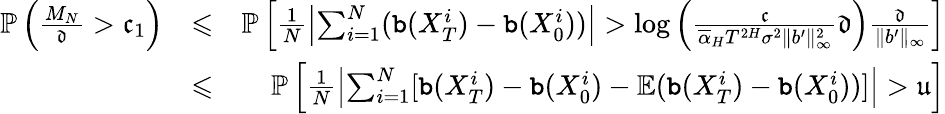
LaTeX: \begin{array}{rlr}{\mathbb P\left(\frac{M_{N}}{\mathfrak d}>\mathfrak c_{1}\right)}&{\leqslant}&{\mathbb P\left[\frac{1}{N}\left|\sum_{i=1}^{N}({\tt b}(X_{T}^{i})-{\tt b}(X_{0}^{i}))\right|>\log\left(\frac{\mathfrak c}{\overline{\alpha}_{H}T^{2H}\sigma^{2}\| b^{\prime}\| _{\infty}^{2}}\mathfrak d\right)\frac{\mathfrak d}{\| b^{\prime}\| _{\infty}}\right]}\\ &{\leqslant}&{\mathbb P\left[\frac{1}{N}\left|\sum_{i=1}^{N}[{\tt b}(X_{T}^{i})-{\tt b}(X_{0}^{i})-\mathbb E({\tt b}(X_{T}^{i})-{\tt b}(X_{0}^{i}))]\right|>\mathfrak u\right]}\end{array}